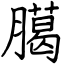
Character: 臈